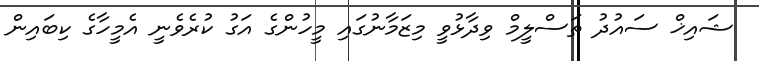
ޝައިޚް ސައުދު ތަސްލީމް ވިދާޅުވީ މިޒަމާނުގައި މީހުންގެ އަގު ކުރެވެނީ އެމީހާގެ ކިބައިން